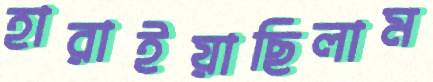
হারাইয়াছিলাম